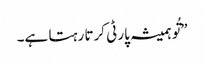
”تُو ہمیشہ پارٹی کرتا رہتا ہے۔